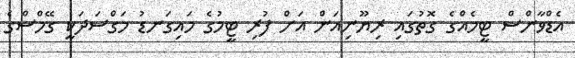
އެޑްވާންސް ޓީމެއްގެ ގޮތުގައި ރިޔޫނިއަން އަށް ފުރި ޓީމުގެ މައިގަނޑު މަގްސަދަކީ ގޭމްސްގެ